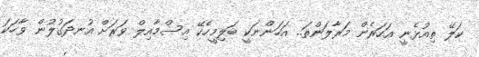
ކަލޭ ތިއުޅެނީ އަހަރެން މަރާލަންތަ.. އަހަންނަކީ ބަލިމީހެކޭ އިސްމާއިލް ވަރަށް އުނދަގުލުން ވާހަކަ